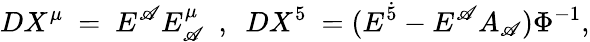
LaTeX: DX^{\mu}~=~E^{\mathscr{A}}E_{\mathscr{A}}^{\mu}~~,~~DX^{5}~=(E^{\dot{{5}}}-E^{\mathscr{A}}A_{\mathscr{A}})\Phi^{-1},